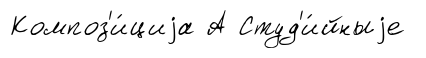
Композ'и́циjа А Студ'и́йныjе